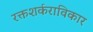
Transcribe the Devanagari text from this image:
रक्तशर्कराविकार